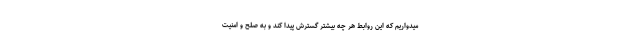
میدواریم که این روابط هر چه بیشتر گسترش پیدا کند و به صلح و امنیت